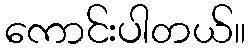
ကောင်းပါတယ်။